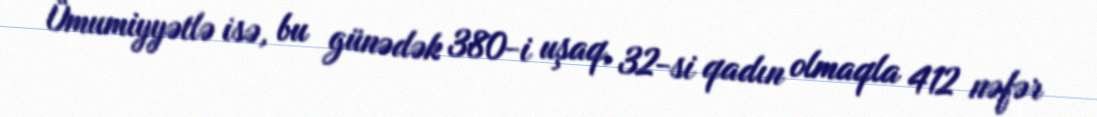
Ümumiyyətlə isə, bu günədək 380-i uşaq, 32-si qadın olmaqla 412 nəfər